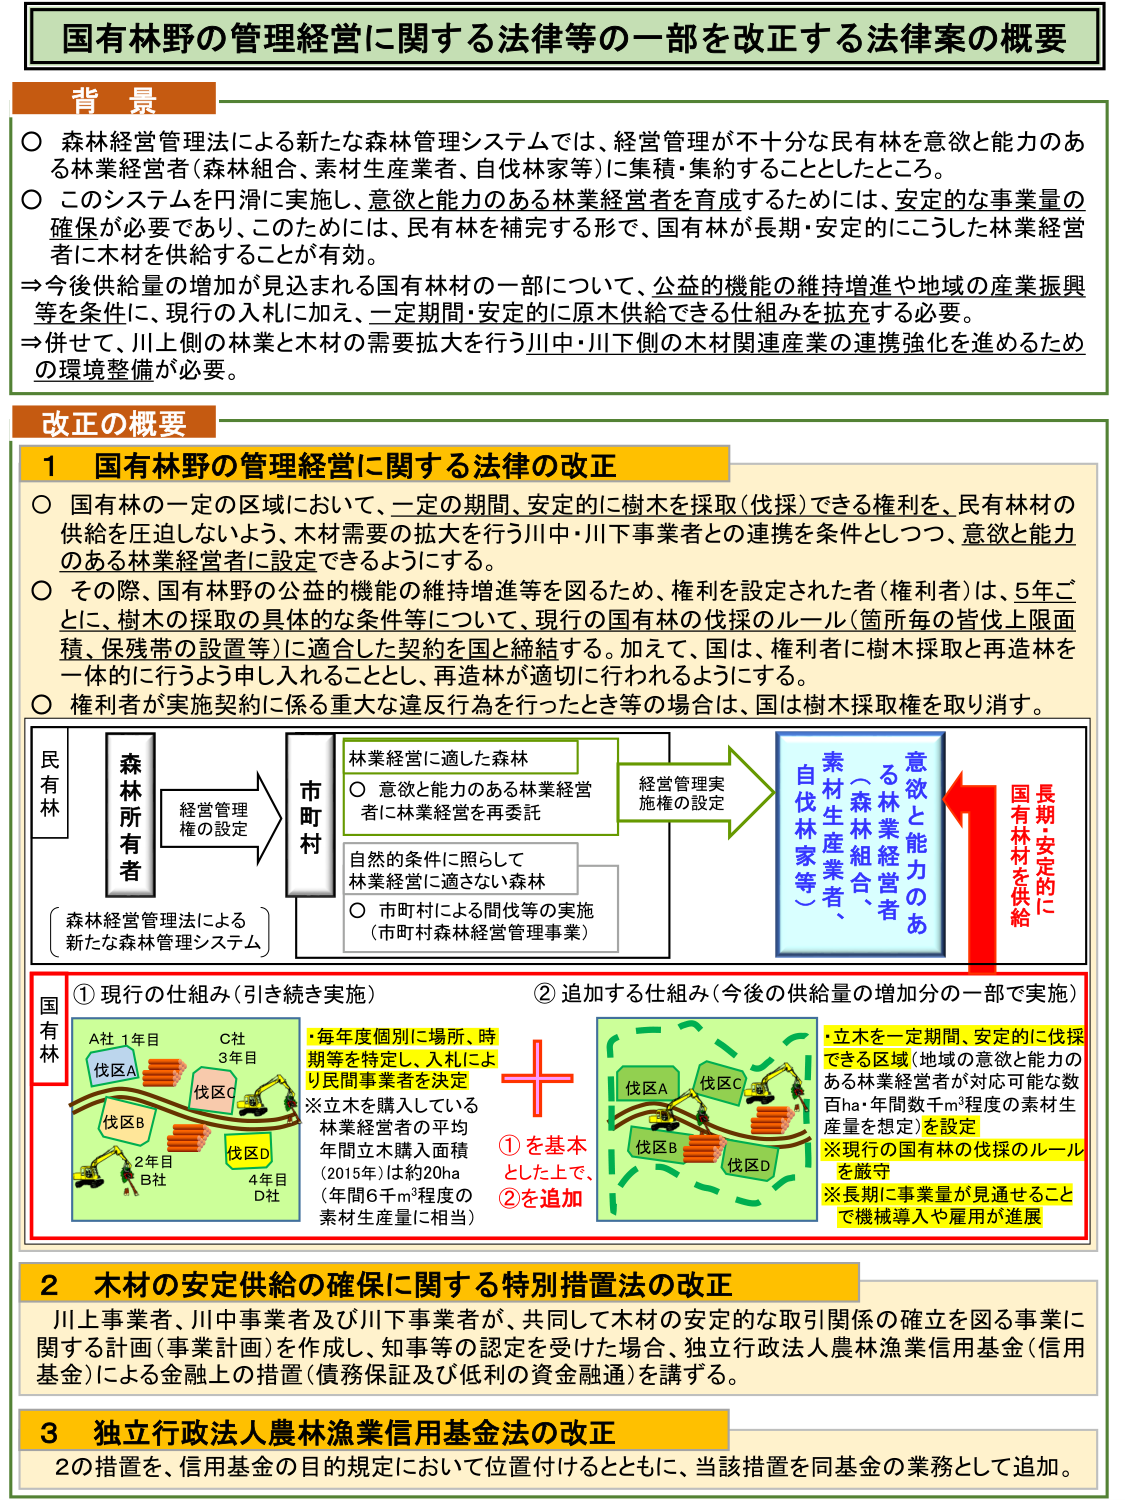
国有林野の管理経営に関する法律等の一部を改正する法律案の概要

背景
○ 森林経営管理法による新たな森林管理システムでは、経営管理が不十分な民有林を意欲と能力のある林業経営者（森林組合、素材生産業者、自伐林家等）に集積・集約することとしたところ。
○ このシステムを円滑に実施し、意欲と能力のある林業経営者を育成するためには、安定的な事業量の確保が必要であり、このためには、民有林を補完する形で、国有林が長期・安定的にこうした林業経営者に木材を供給することが有効。
⇒ 今後供給量の増加が見込まれる国有林材の一部について、公益的機能の維持増進や地域の産業振興等を条件に、現行の入札に加え、一定期間・安定的に原木供給できる仕組みを拡充する必要。
⇒ 併せて、川上側の林業と木材の需要拡大を行う川中・川下側の木材関連産業の連携強化を進めるための環境整備が必要。

改正の概要

1 国有林野の管理経営に関する法律の改正
○ 国有林の一定の区域において、一定の期間、安定的に樹木を採取（伐採）できる権利を、民有林材の供給を圧迫しないよう、木材需要の拡大を行う川中・川下事業者との連携を条件としつつ、意欲と能力のある林業経営者に設定できるようにする。
○ その際、国有林野の公益的機能の維持増進等を図るため、権利を設定された者（権利者）は、5年ごとに、樹木の採取の具体的な条件等について、現行の国有林の伐採のルール（箇所毎の皆伐上限面積、保残帯の設置等）に適合した契約を国と締結する。加えて、国は、権利者に樹木採取と再造林を一体的に行うよう申し入れることとし、再造林が適切に行われるようにする。
○ 権利者が実施契約に係る重大な違反行為を行ったとき等の場合は、国は樹木採取権を取り消す。

（森林経営管理法による新たな森林管理システム）
民有林
森林所有者
経営管理権の設定
市町村
林業経営に適した森林
○ 意欲と能力のある林業経営者に林業経営を再委託
自然の条件に照らして林業経営に適さない森林
○ 市町村による間伐等の実施（市町村森林経営管理事業）
経営管理実施権の設定
素材生産業者、自伐林家等
意欲と能力のある林業経営者（森林組合、）
長期・安定的に国有林材を供給

国有林
① 現行の仕組み（引き続き実施）
A社 1年目 伐区A
C社 3年目 伐区C
伐区B
2年目 B社
伐区D
4年目 D社
・毎年度個別に場所、時期等を特定し、入札により民間事業者を決定
※立木を購入している林業経営者の平均年間立木購入面積（2015年）は約20ha（年間6千m³程度の素材生産量に相当）

② 追加する仕組み（今後の供給量の増加分の一部で実施）
伐区A
伐区C
伐区B
伐区D
・立木を一定期間、安定的に伐採できる区域（地域の意欲と能力のある林業経営者が対応可能な数百ha・年間数千m³程度の素材生産量を想定）を設定
※現行の国有林の伐採のルールを厳守
※長期に事業量が見通せることで機械導入や雇用が進展

①を基本とした上で、②を追加

2 木材の安定供給の確保に関する特別措置法の改正
川上事業者、川中事業者及び川下事業者が、共同して木材の安定的な取引関係の確立を図る事業に関する計画（事業計画）を作成し、知事等の認定を受けた場合、独立行政法人農林漁業信用基金（信用基金）による金融上の措置（債務保証及び低利の資金融通）を講ずる。

3 独立行政法人農林漁業信用基金法の改正
2の措置を、信用基金の目的規定において位置付けるとともに、当該措置を同基金の業務として追加。